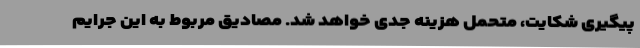
پیگیری شکایت، متحمل هزینه جدی خواهد شد. مصادیق مربوط به این جرایم